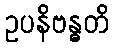
ဥပနိဗန္ဓတိ